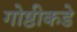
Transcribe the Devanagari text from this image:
गोष्ठीकडे